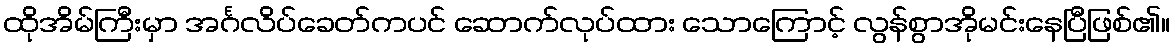
ထိုအိမ်ကြီးမှာ အင်္ဂလိပ်ခေတ်ကပင် ဆောက်လုပ်ထား သောကြောင့် လွန်စွာအိုမင်းနေပြီဖြစ်၏။